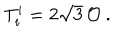
LaTeX: T _ { i } ^ { i } = 2 \sqrt { 3 } \, \mathcal { O } ~ .